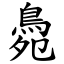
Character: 䳃